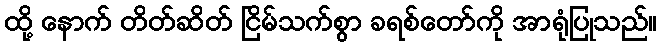
ထို့ နောက် တိတ်ဆိတ် ငြိမ်သက်စွာ ခရစ်တော်ကို အာရုံပြုသည်။